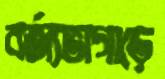
বর্জ্যভাগাড়ে